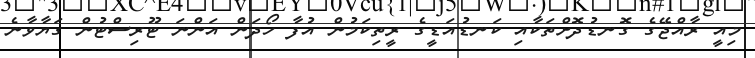
މިއީ ރާއްޖޭގެ ގޮނޑުދޮށްތަކާއި ކަނޑުއަޑީގެ ރީތިކަމުން އުފާ ހޯދަން އަންނަ ޓޫރިސްޓުން ގަޔާވާނެ